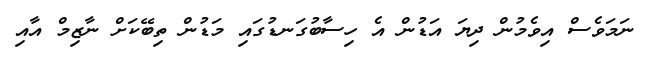
ނަމަވެސް އިވެމުން ދިޔަ އަޑުން އެ ހިސާބުގަނޑުގައި މަޑުން ތިބޭކަށް ނާޒިމް އާއި